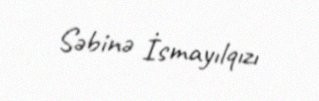
Səbinə İsmayılqızı